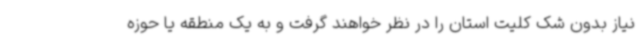
نیاز بدون شک کلیت استان را در نظر خواهند گرفت و به یک منطقه یا حوزه